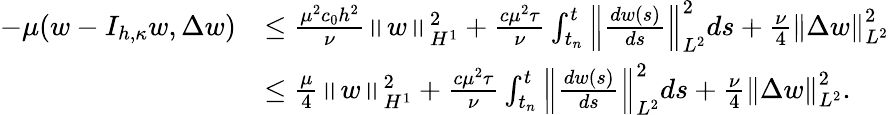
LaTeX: \begin{array}{rl}{-\mu(w-I_{h,\kappa}w,\Delta w)}&{\leq\frac{\mu^{2}c_{0}h^{2}}{\nu}\left\| w\right\| _{H^{1}}^{2}+\frac{c\mu^{2}\tau}{\nu}\int_{t_{n}}^{t}\left\| \frac{dw(s)}{ds}\right\| _{L^{2}}^{2}ds+\frac{\nu}{4}\left\| \Delta w\right\| _{L^{2}}^{2}}\\ &{\leq\frac{\mu}{4}\left\| w\right\| _{H^{1}}^{2}+\frac{c\mu^{2}\tau}{\nu}\int_{t_{n}}^{t}\left\| \frac{dw(s)}{ds}\right\| _{L^{2}}^{2}ds+\frac{\nu}{4}\left\| \Delta w\right\| _{L^{2}}^{2}.}\end{array}